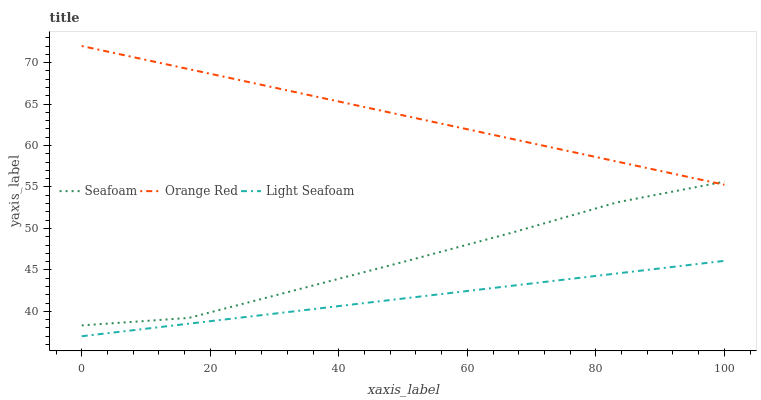
| xaxis_label | Seafoam | Orange Red | Light Seafoam |
 | --- | --- | --- | --- |
 | 0 | 38.3 | 72 | 37 |
 | 16.7 | 39.2 | 69.2 | 38.5 |
 | 33.3 | 42.6 | 66.4 | 40 |
 | 50 | 46 | 63.6 | 41.5 |
 | 66.7 | 49.4 | 60.8 | 43.1 |
 | 83.3 | 53.2 | 58.1 | 44.6 |
 | 100 | 55.6 | 55.3 | 46.1 |